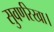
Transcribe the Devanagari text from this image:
सुवर्णरेखा।